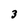
Character: 3